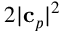
2 | \mathbf { c } _ { p } | ^ { 2 }